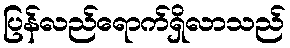
ပြန်လည်ရောက်ရှိလာသည်